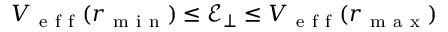
V _ { \mathrm { ~ e ~ f ~ f ~ } } ( r _ { \mathrm { ~ m ~ i ~ n ~ } } ) \le \mathcal { E } _ { \perp } \le V _ { \mathrm { ~ e ~ f ~ f ~ } } ( r _ { \mathrm { ~ m ~ a ~ x ~ } } )